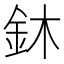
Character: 鈢